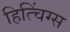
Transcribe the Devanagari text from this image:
हित्चिंग्स